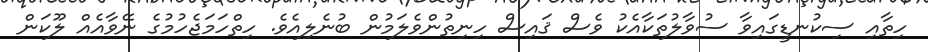
ހިތާއި ސިކުނޑީގައިވާ ސުވާލުތަކާއެކު ވެސް ޤައިސް ހިނިތުންވެލަމުން ބުނެލިއެވެ. ހިތްހަމަޖެހުމުގެ ނޭވާއެއް ލޫކަން